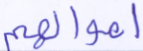
أموالهم